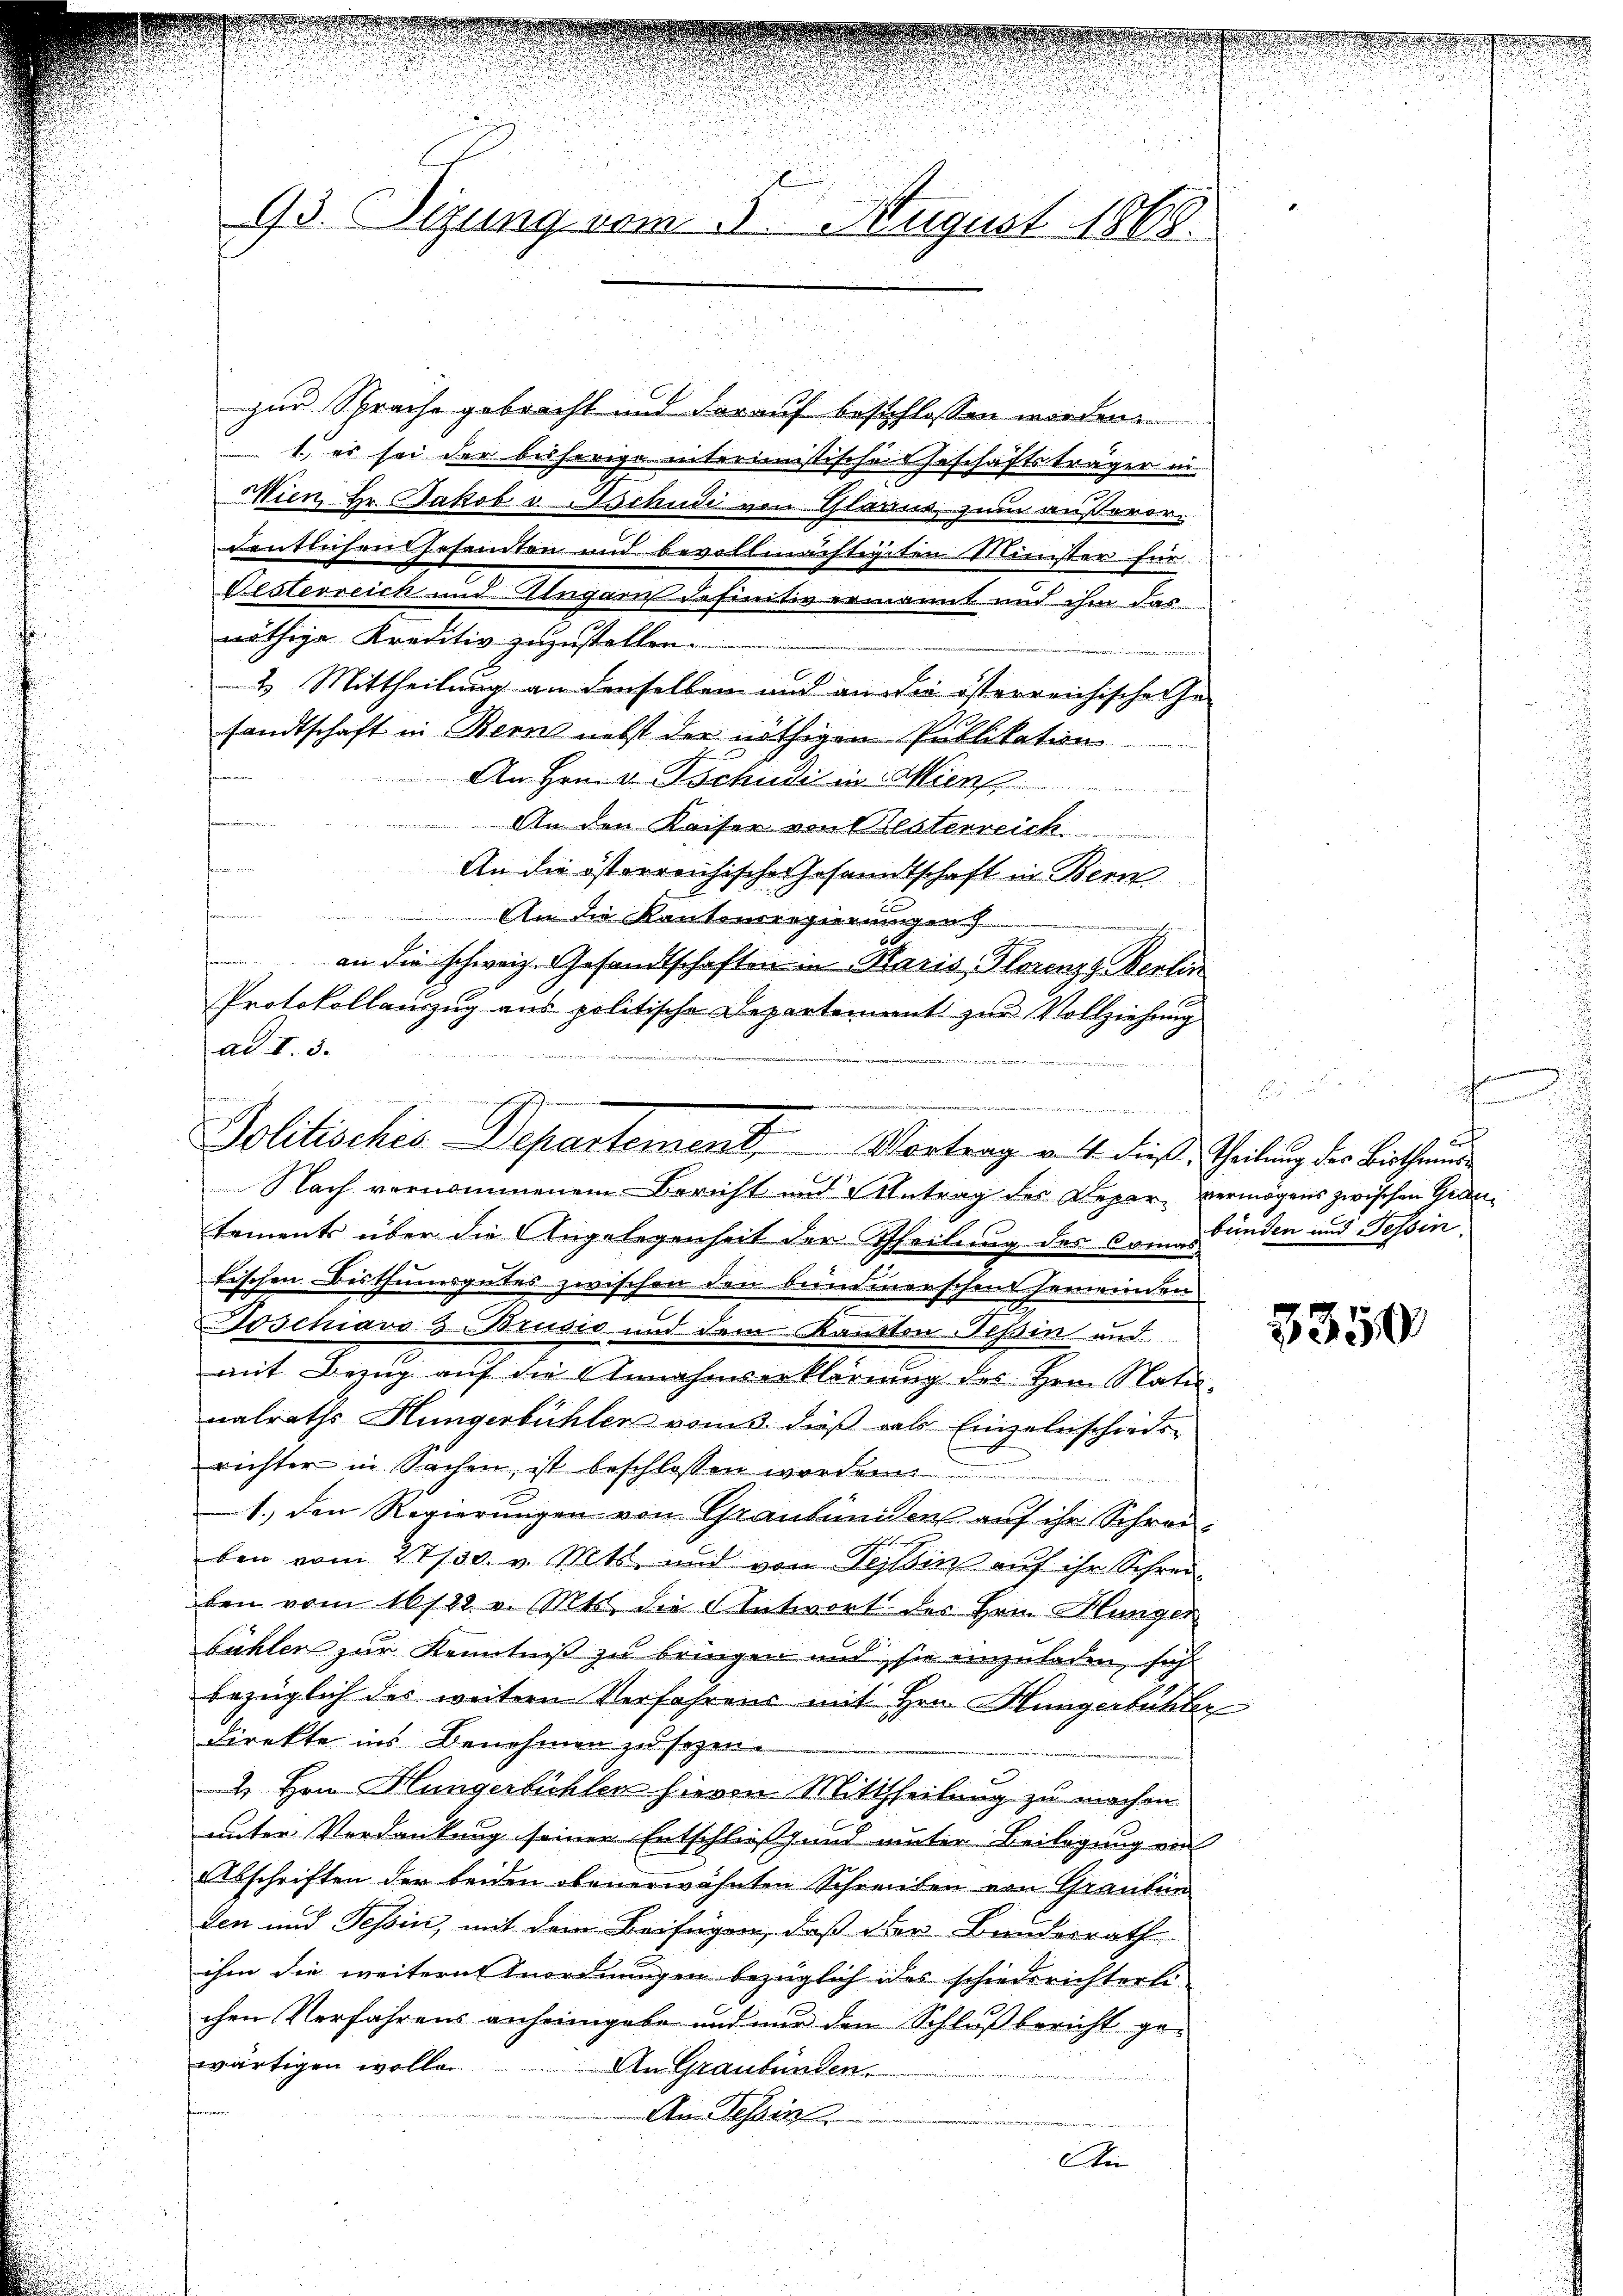
93. Sizung vom 5. August 1868.

zur Sprache gebracht und darauf beschlossen worden.
1., es sei der bisherige interimistisches Geschäftsträger in
Mien, Hr. Jakob v schudi von Glarus, zum außerordeutlichen Gesandten und bevollmächtigten Minister für
Desterreich und Ungarn definitiv ermannt und ihm das
nöthige Kreditiv zuzustellen.
2. Mittheilung an denselben und an die österreichischehe
sandtschaft in Berne nebst der nöthigen Publikation
An Hrn. v. Tschudi in Mins
An den Kaiser von Besterreich
f
An die österreichischer Gesandtschaft in Bern
t
An die Kantonsregierungen
an die schweiz. Gesandtschaften in Maris, Florenze Berlin

Nach vernommenem Bericht und Antrag des Reper vermögens zwischen Gedentements über die Angelegenheit der Theilung des Comastünden und Tessin
tischen Bisthumsgutes zwischen den bummerschen hemmeinden
Joschiavo & Brusio und dem Kanton Tessin und
mit Bezug auf die Annahmserklärung des Hrn. Nati
nalraths Hungerbühlen vom 3. dieß als Einzelnschieds-
richter in Sachen, ist beschlossen worden
1.) den Regierungen von Graubünders auf ihr Schreiben vom 17/30. v. Mts. und von Tessin auf ihr Schreiben vom 16/22. v. Mts. die Antwort der Hrn. Hungen
bühler zur Kenntniß zu bringen und sie einzuladen, sich
bezüglich des weitern Verfahrens mit Hrn. Hungerbühler
direkte ins Benehmen zu sagen.
2 Hrn. Hungerbüchler hievon Mittheilung zu machen.
unter Verdankung seiner Entschließ und unter Beilegung von
Abschriften der beiden obenerwähnten Schreiben von Grauben
den und Tessin, mit dem Beifügen, daß der Bundesrath
ihm die weitern Anordnungen bezüglich ides schiederichterli-
chen Verfahrens anheimgabe und nur den Schlußbericht gewärtigen wolle.
An Graubünden.
An Tessin.
Ain

Protokollauszug aus politische Departement zur Vollziehung
ad I. 3.
formen
Politischis Departement. Vortrag v. 4. dieß, Theilung des Bistheman

.
n
c

3350